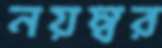
নয়ম্বর